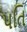
પતિ